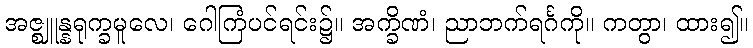
အဇ္ဈူန္နရုက္ခမူလေ၊ ဂေါကြံပင်ရင်း၌။ အက္ခိဏံ၊ ညာဘက်ရင်္ဂကို။ ကတွာ၊ ထား၍။